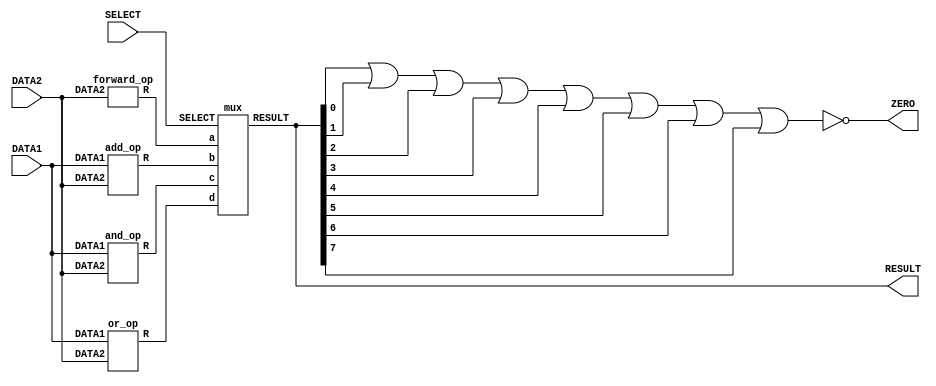
`timescale  1ns/100ps

//----------------ALU funtn---------------------


module alu (DATA1, DATA2, RESULT, SELECT,ZERO); 

//initilaizing the inputs 
input [7:0] DATA1,DATA2;           
input [2:0] SELECT;
output reg ZERO;
//initilaizing the outout
output [7:0] RESULT;

wire [7:0] a[0:3];    

//instatiate the modules 

forward_op f1(DATA2,a[0]);                //forward
add_op     a1(DATA1,DATA2,a[1]);          //add
and_op     b1(DATA1,DATA2,a[2]);          //and
or_op      c1(DATA1,DATA2,a[3]);          //or

mux m1(a[0],a[1],a[2],a[3],SELECT,RESULT);  //mux


always @(RESULT) begin
ZERO= !(RESULT[0] | RESULT[1] | RESULT[2] | RESULT[3] | RESULT[4] | RESULT[5] | RESULT[6] | RESULT[7]  );



end
endmodule                          




module add_op(DATA1,DATA2,R);   //-----------------add funtn--------------

//initilaizing the inputs and outputs
input [7:0] DATA1 ,DATA2;
output [7:0] R;

assign #2 R = DATA1 + DATA2;   //add DATA ,DATA2 with time delay of 2 unit time 

endmodule



module forward_op(DATA2,R);    //-----------------forward funtn-------------------

//initilaizing the inputs and outputs
input [7:0] DATA2;
output [7:0] R;

assign #1 R =  DATA2;        //forward DATA2 with time delay of 1 unit time 

endmodule



module and_op(DATA1,DATA2,R); //------------------------and funtn-------------------

//initilaizing the inputs and outputs
input [7:0] DATA1 ,DATA2;
output [7:0] R;

 assign #1 R = DATA1 & DATA2;   //and opt for  DATA1,DATA2 with time delay of 1 unit time 

endmodule



module or_op(DATA1,DATA2,R);    //--------------------or funtn-------------------

//initilaizing the inputs and outputs
input [7:0] DATA1 ,DATA2;
output [7:0] R;

assign #1 R = DATA1 | DATA2;   //or opt for  DATA1,DATA2 with time delay of 1 unit time

endmodule



module mux(a,b,c,d,SELECT,RESULT);    //---------------------mux funtn---------------------

//initilaizing the inputs and outputs
input [7:0] a,b,c,d;
input [2:0] SELECT;
output reg signed [7:0] RESULT;

             
        
always @(a,b,c,d,SELECT)           //case statement
begin

    case(SELECT)
        3'b000      : RESULT = a ;  //forward
        3'b001      : RESULT = b ;  //add
        3'b010      : RESULT = c ;  //and
        3'b011      : RESULT = d ;  //or
        //default     : RESULT = 8'b0 ;  
    endcase
   // $display("aluresult %d",RESULT);
end
endmodule